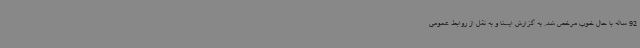
92 ساله با حال خوب مرخص شد. به گزارش ایسنا و به نقل از روابط عمومی